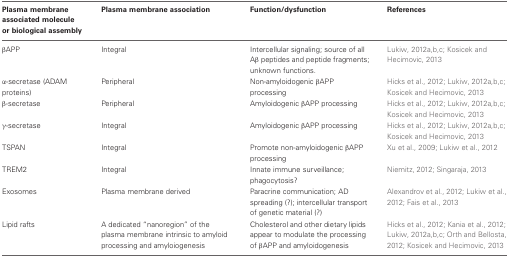
| Plasma membrane associated molecule or biological assembly | Plasma membrane association | Function/dysfunction | References |
 | --- | --- | --- | --- |
 | βAPP | Integral | Intercellular signaling; source of all Aβ peptides and peptide fragments; unknown functions. | Lukiw, 2012a,b,c; Kosicek and Hecimovic, 2013 |
 | α-secretase (ADAM proteins) | Peripheral | Non-amyloidogenic βAPP processing | Hicks et al., 2012; Lukiw, 2012a,b,c; Kosicek and Hecimovic, 2013 |
 | β-secretase | Peripheral | Amyloidogenic βAPP processing | Hicks et al., 2012; Lukiw, 2012a,b,c; Kosicek and Hecimovic, 2013 |
 | γ-secretase | Integral | Amyloidogenic βAPP processing | Hicks et al., 2012; Lukiw, 2012a,b,c; Kosicek and Hecimovic, 2013 |
 | TSPAN | Integral | Promote non-amyloidogenic βAPP processing | Xu et al., 2009; Lukiw et al., 2012 |
 | TREM2 | Integral | Innate immune surveillance; phagocytosis? | Niemitz, 2012; Singaraja, 2013 |
 | Exosomes | Plasma membrane derived | Paracrine communication; AD spreading (?); intercellular transport of genetic material (?) | Alexandrov et al., 2012; Lukiw et al., 2012; Fais et al., 2013 |
 | Lipid rafts | A dedicated “nanoregion” of the plasma membrane intrinsic to amyloid processing and amyloiogenesis | Cholesterol and other dietary lipids appear to modulate the processing of βAPP and amyloidogenesis | Hicks et al., 2012; Kania et al., 2012; Lukiw, 2012a,b,c; Orth and Bellosta, 2012; Kosicek and Hecimovic, 2013 |